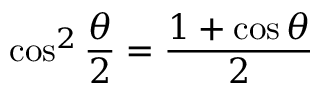
\cos ^ { 2 } { \frac { \theta } { 2 } } = { \frac { 1 + \cos \theta } { 2 } }